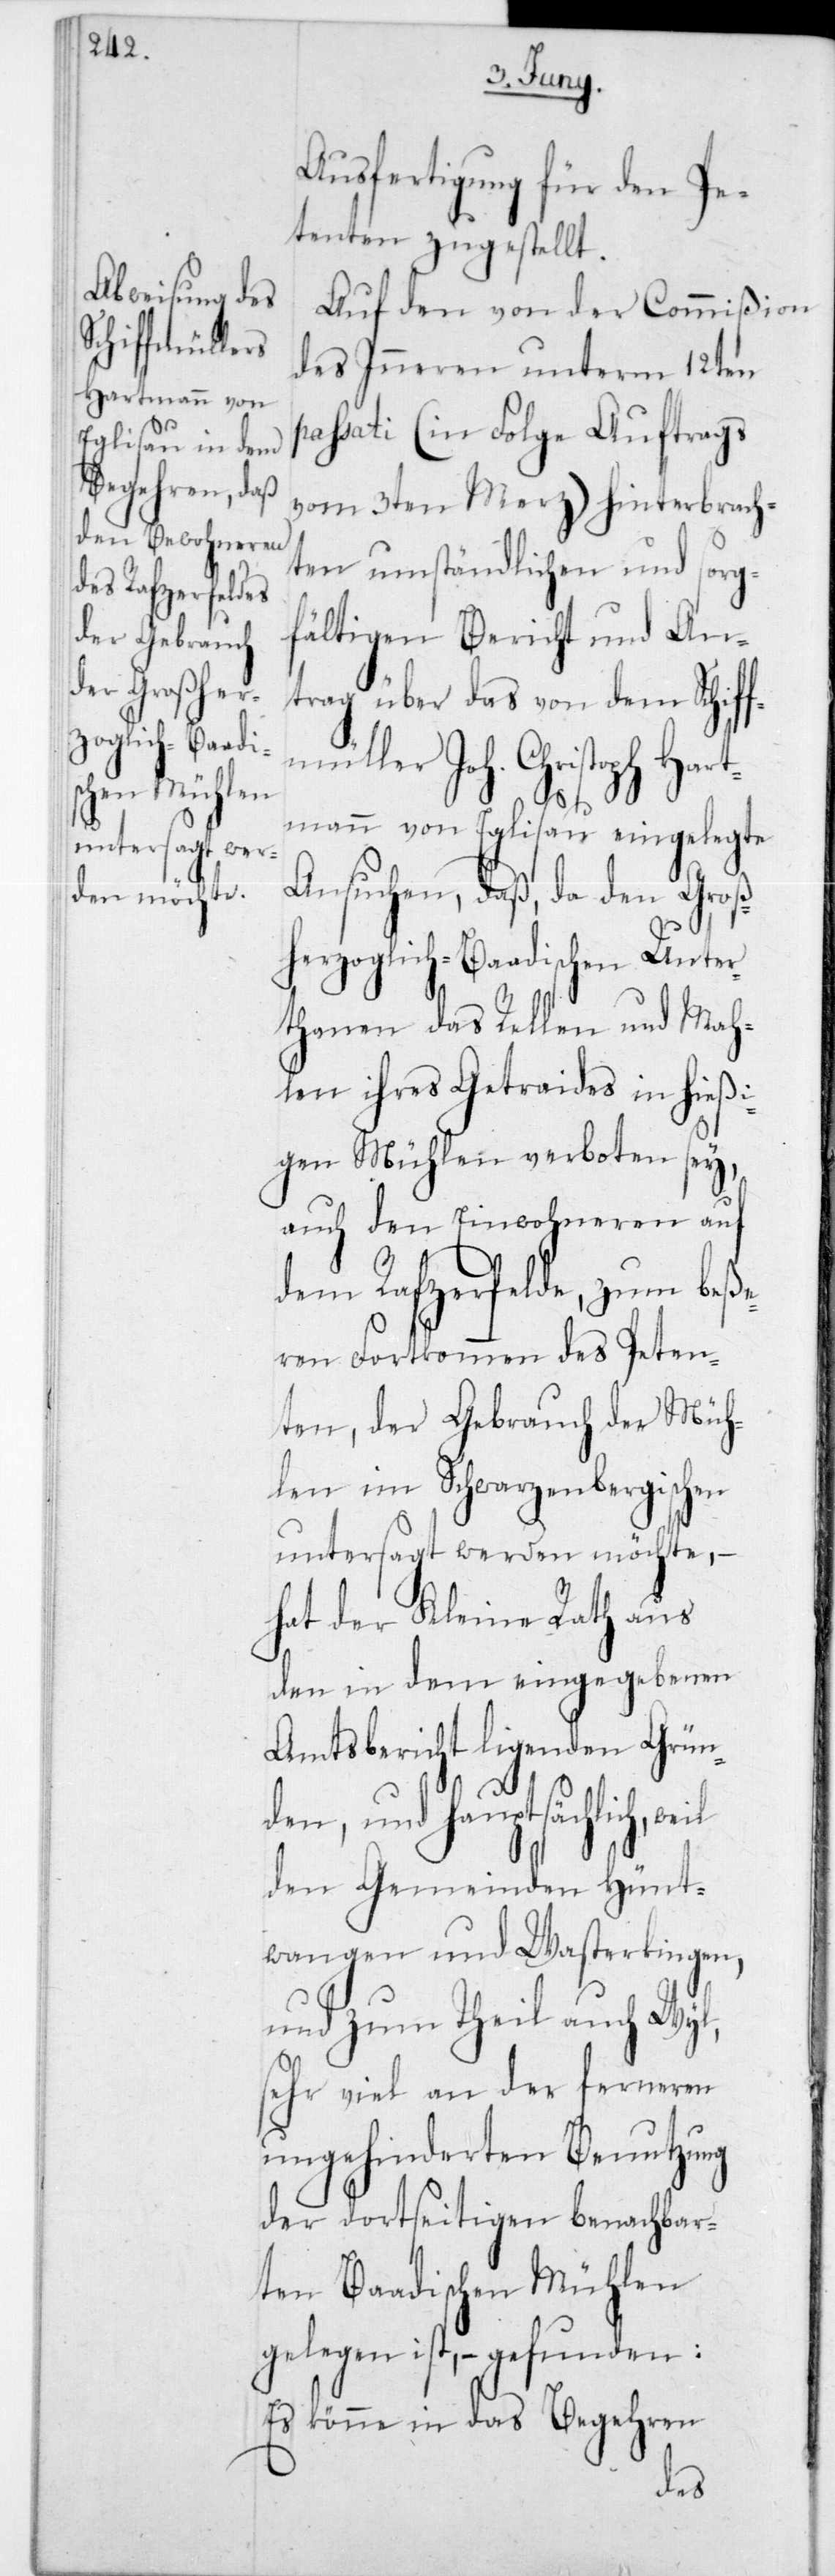
Ausfertigung für den Pe¬
tenten, zugestellt.
Auf den von der Commißion
des Inneren unterm 12ten
passati (in Folge Auftrags
vom 3ten Merz) hinterbrach¬
ten umständlichen und sorg¬
fältigen Bericht und An¬
trags über das von dem Schiff¬
müller Joh. Christoph Hart¬
mann von Eglisau eingelegte
Ansuchen, daß, da den Groß¬
herzoglich-Baadischen Unter¬
thanen das Rellen und Mah¬
len ihres Getreides in hießi¬
gen Mühlen verboten sey,
auch den Einwohneren auf
dem Rafzerfelde, zum beße¬
ren Fortkommen des Peten¬
ten, der Gebrauch der Müh¬
len im Schwarzenbergischen
untersagt werden möchte, –
hat der Kleine Rath aus
den in dem eingegeben
Amtsbericht liegenden Grün¬
den, und hauptsächlich, weil
den Gemeinden Hünt¬
wangen und Wasterkingen,
und zum Theil auch Wyl,
sehr viel an der ferneren
ungehindereten Benutzung
der dortseitigen benachbar¬
ten Baadischen Mühlen
gelegen ist, – gefunden:
Es könne in das Begehren